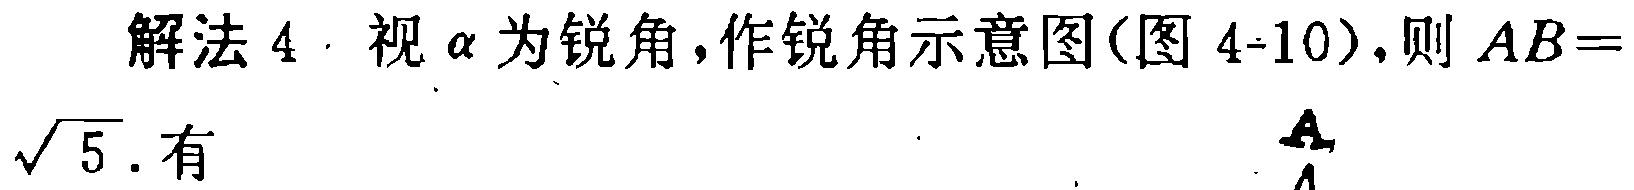
解法 4·视\(\alpha\)为锐角，作锐角示意图(图 4-10)，则 \(AB = \sqrt{5}\). 有